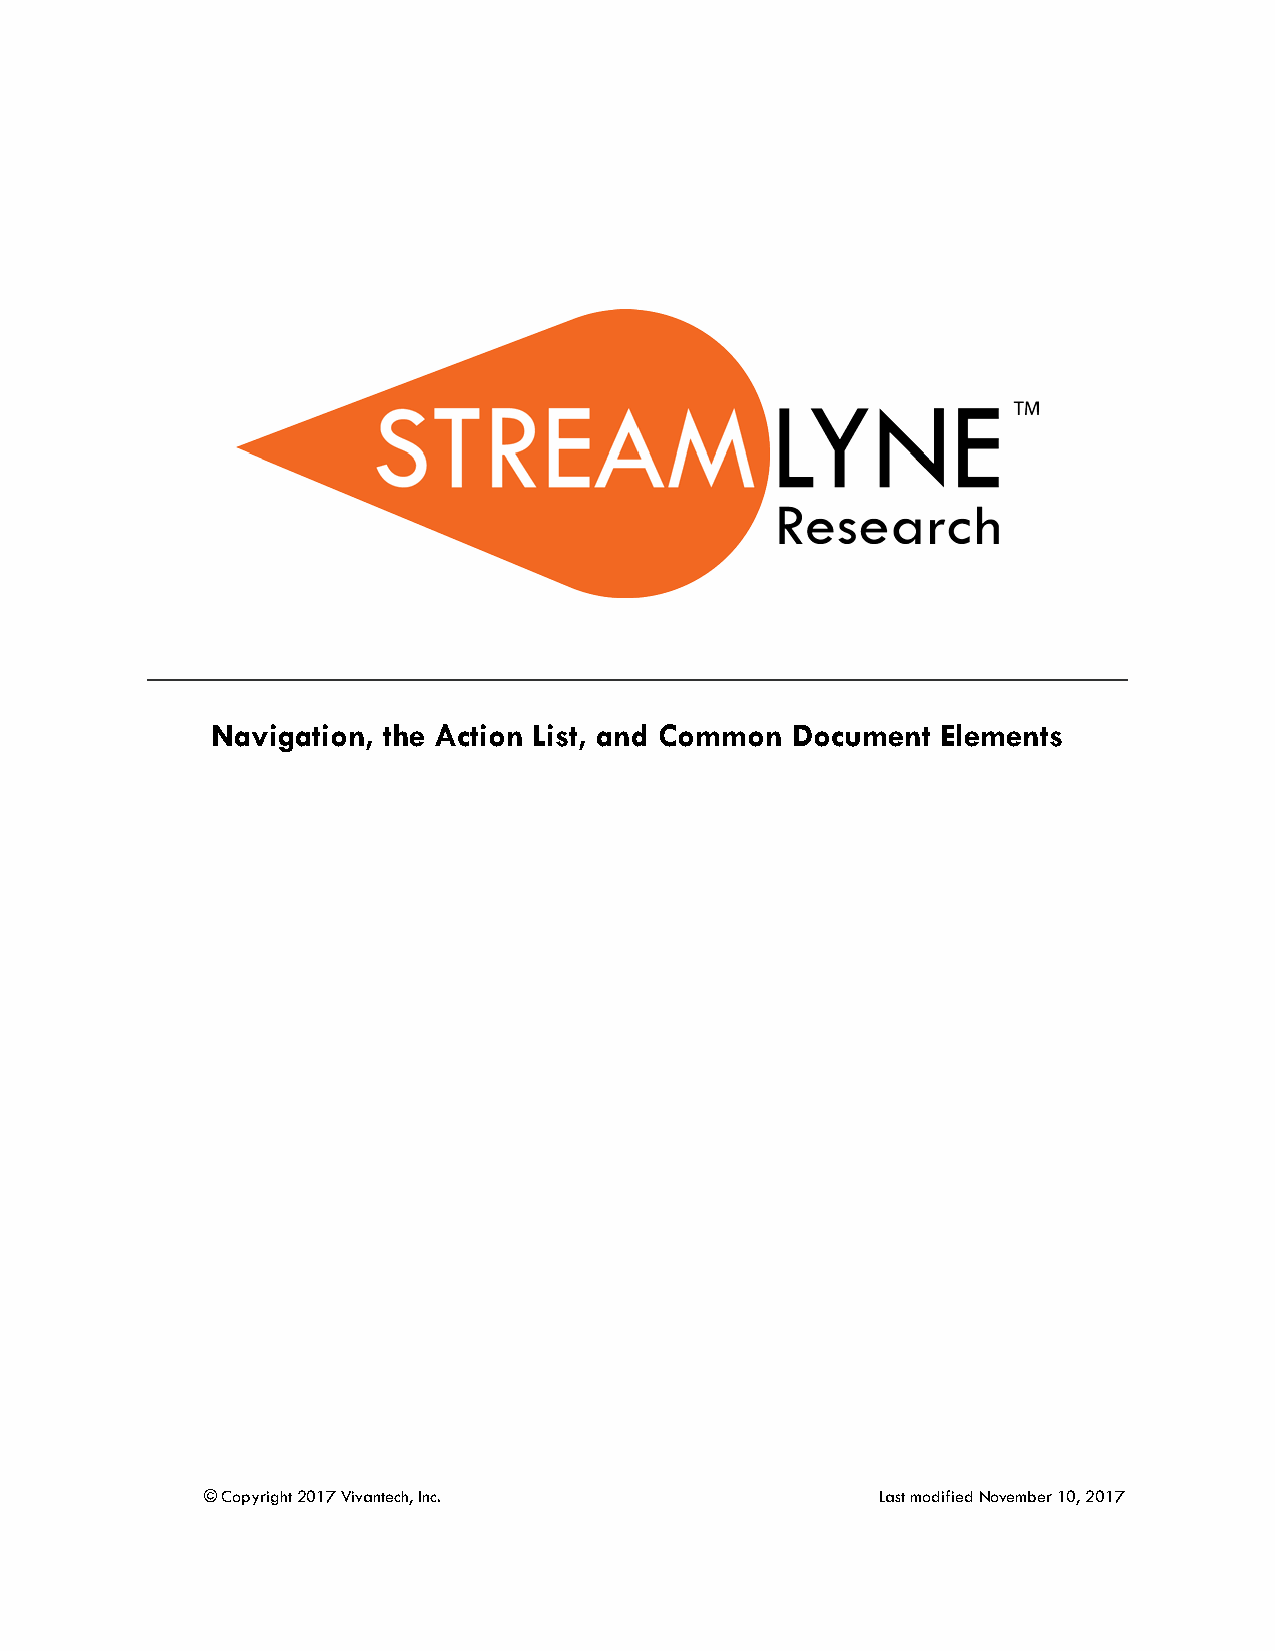
Navigation, the Action List, and Common Document Elements
 © Copyright 2017 Vivantech, Inc.            Last modified November 10, 2017